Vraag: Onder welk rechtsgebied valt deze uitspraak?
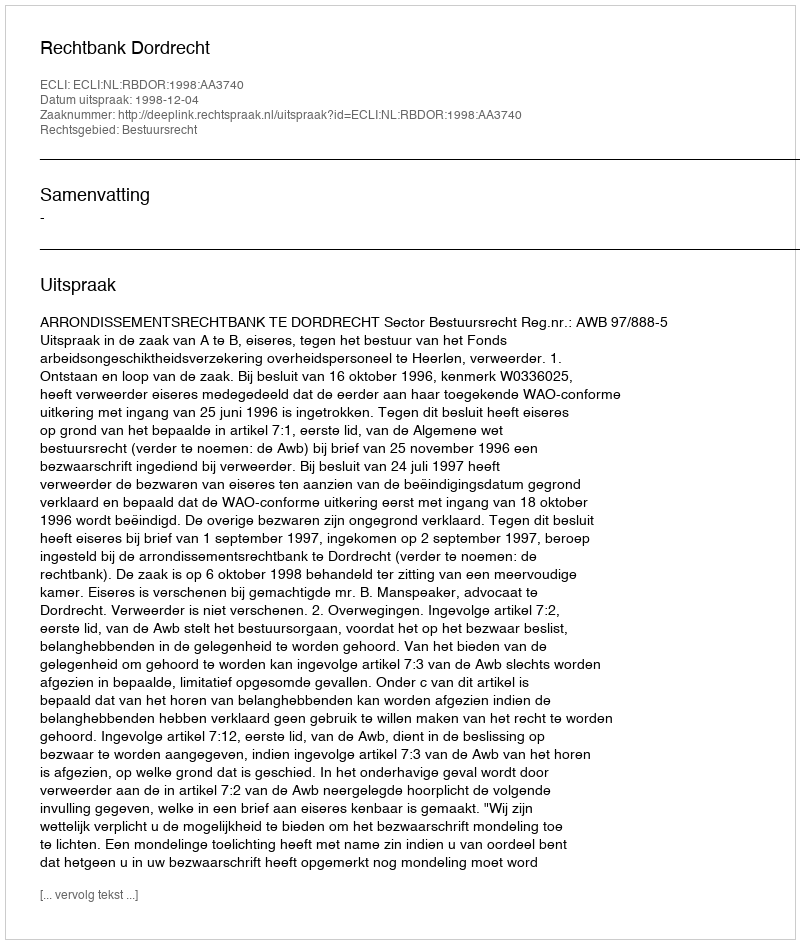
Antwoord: Bestuursrecht